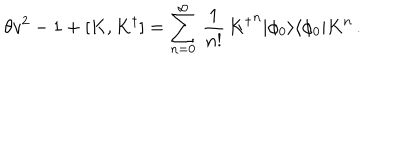
\theta v ^ { 2 } - 1 + [ K , { K ^ { \dagger } } ] = \displaystyle { \sum _ { n = 0 } ^ { \infty } \, \frac { 1 } { n ! } } \, { K ^ { \dagger } } ^ { n } | \phi _ { 0 } \rangle \langle \phi _ { 0 } | K ^ { n } \, .